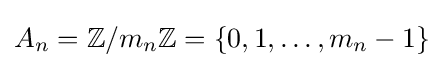
A_{n}=\mathbb {Z} /m_{n}\mathbb {Z} =\{0,1,\dots ,m_{n}-1\}